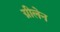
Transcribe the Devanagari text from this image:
ग्नीलेन